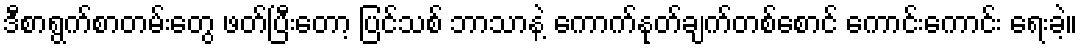
ဒီစာရွက်စာတမ်းတွေ ဖတ်ပြီးတော့ ပြင်သစ် ဘာသာနဲ့ ကောက်နုတ်ချက်တစ်စောင် ကောင်းကောင်း ရေးခဲ့။